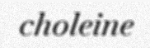
choleine